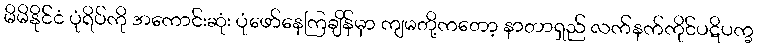
မိမိနိုင်ငံ ပုံရိပ်ကို အကောင်းဆုံး ပုံဖော်နေကြချိန်မှာ ကျမတို့ကတော့ နာတာရှည် လက်နက်ကိုင်ပဋိပက္ခ